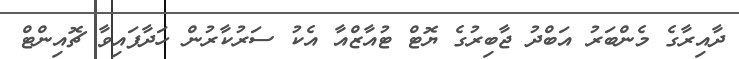
ދާއިރާގެ މެންބަރު އަބްދު ޖާބިރުގެ ޔޮޓް ޓުއާޒްއާ އެކު ސަރުކާރުން ހަދާފައިވާ ޗޮއިންޓް